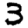
Digit: 3